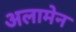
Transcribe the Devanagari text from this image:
अलामेन